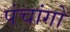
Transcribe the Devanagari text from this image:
पंचांगो